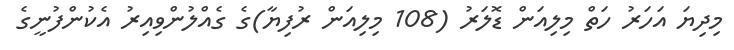
މިދިޔަ އަހަރު ހަތް މިލިއަން ޑޮލަރު (108 މިލިއަން ރުފިޔާ)ގެ ގެއްލުންވިއިރު އެކުންފުނީގެ